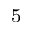
^ \mathrm { 5 }